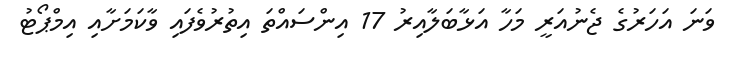
ވަނަ އަހަރުގެ ޖެނުއަރީ މަހާ އަޅާބަލާއިރު 17 އިންސައްތަ އިތުރުވެފައި ވާކަމަށާއި އިމްޕޯޓު